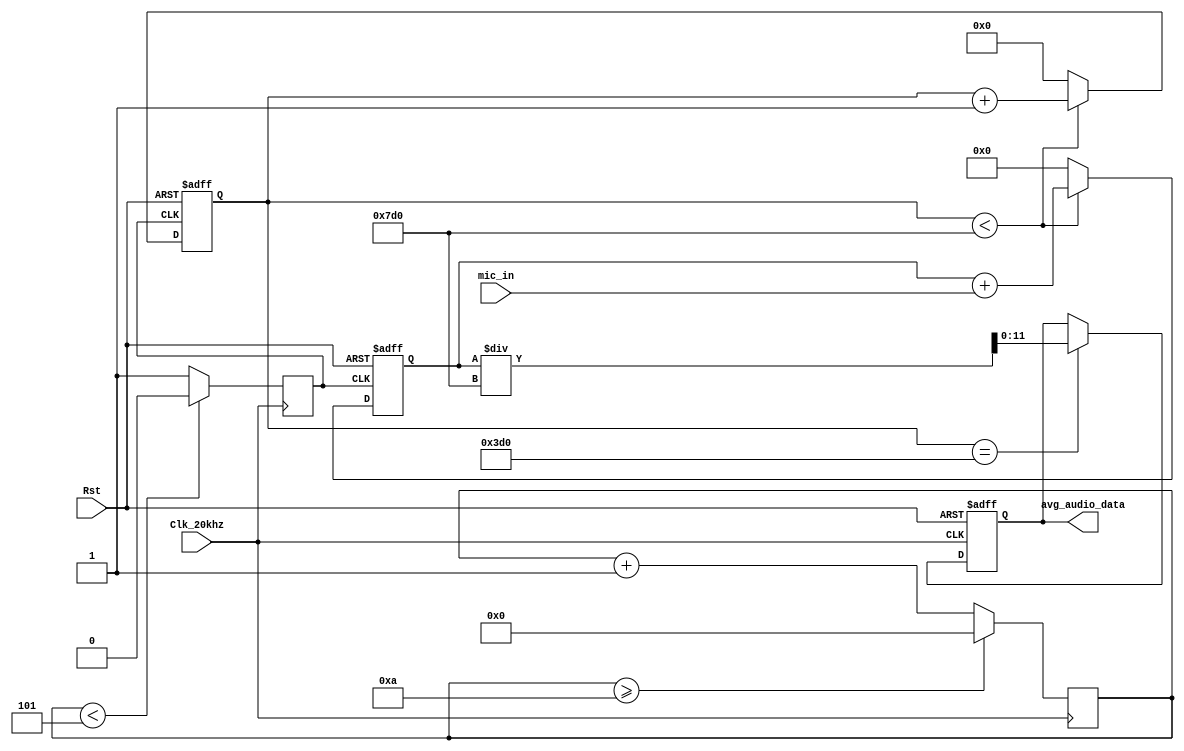
module Averager(
    input Clk_20khz, 
    input Rst, 
    input [11:0]mic_in,  
	output reg [11:0]avg_audio_data
    );


// 1Khz clock generator	
  reg [4:0]counter = 0;
  reg clk_2Khz;
    always @(posedge Clk_20khz)begin
        counter <= (counter >= 10) ? 0 : counter + 1;
        clk_2Khz <= (counter < 5) ? 1'b0 : 1'b1;
    end
//

//Averaging logic 
// 1 bit audio input period is 0.05ms which is period of 20Khz
// 12 bits take 0.6ms to captured. 12*0.05ms = 0.6ms
// So, we receive one sample of audio input (12 bits) every 0.6ms
// Let's average over 1s  to make it smoother

reg [22:0] sum_data =0;// sum of samples over 1s which 1000 samples
reg [10:0] sample_count=0;


always @(posedge Clk_20khz or posedge Rst)
    begin
		if(Rst==1)
            avg_audio_data	 <= 0;
        else
			if (sample_count==10'd2000)
				avg_audio_data <= sum_data/2000;
	end
		

	always @(posedge clk_2Khz or posedge Rst)
    begin 
        if(Rst==1)
		begin
            sum_data	 <= 0;
            sample_count <= 0;
		end
        else
		begin
			if( sample_count < 11'd2000) 
			begin
				sum_data 	 <= sum_data + mic_in;
				sample_count <= sample_count + 1;
			end
			else
			begin
				sum_data 	 <= 23'd0;
				sample_count <= 11'd0;
			end
		end
    end 
	
	

endmodule